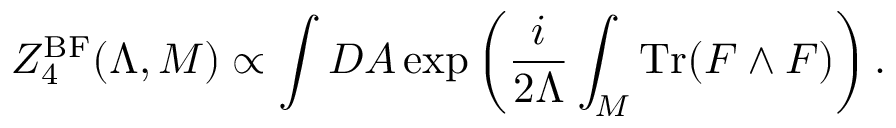
Z _ { 4 } ^ { \mathrm { B F } } ( \Lambda , { \cal M } ) \propto \int { \cal D } A \exp \left( { \frac { i } { 2 \Lambda } } \int _ { \cal M } \mathrm { T r } ( F \wedge F ) \right) .